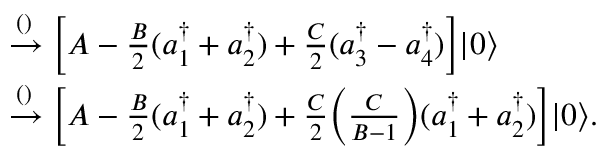
\begin{array} { r l } & { \xrightarrow { ( ) } \bigg [ A - \frac { B } { 2 } ( a _ { 1 } ^ { \dagger } + a _ { 2 } ^ { \dagger } ) + \frac { C } { 2 } ( a _ { 3 } ^ { \dagger } - a _ { 4 } ^ { \dagger } ) \bigg ] | 0 \rangle } \\ & { \xrightarrow { ( ) } \bigg [ A - \frac { B } { 2 } ( a _ { 1 } ^ { \dagger } + a _ { 2 } ^ { \dagger } ) + \frac { C } { 2 } \bigg ( \frac { C } { B - 1 } \bigg ) ( a _ { 1 } ^ { \dagger } + a _ { 2 } ^ { \dagger } ) \bigg ] | 0 \rangle . } \end{array}